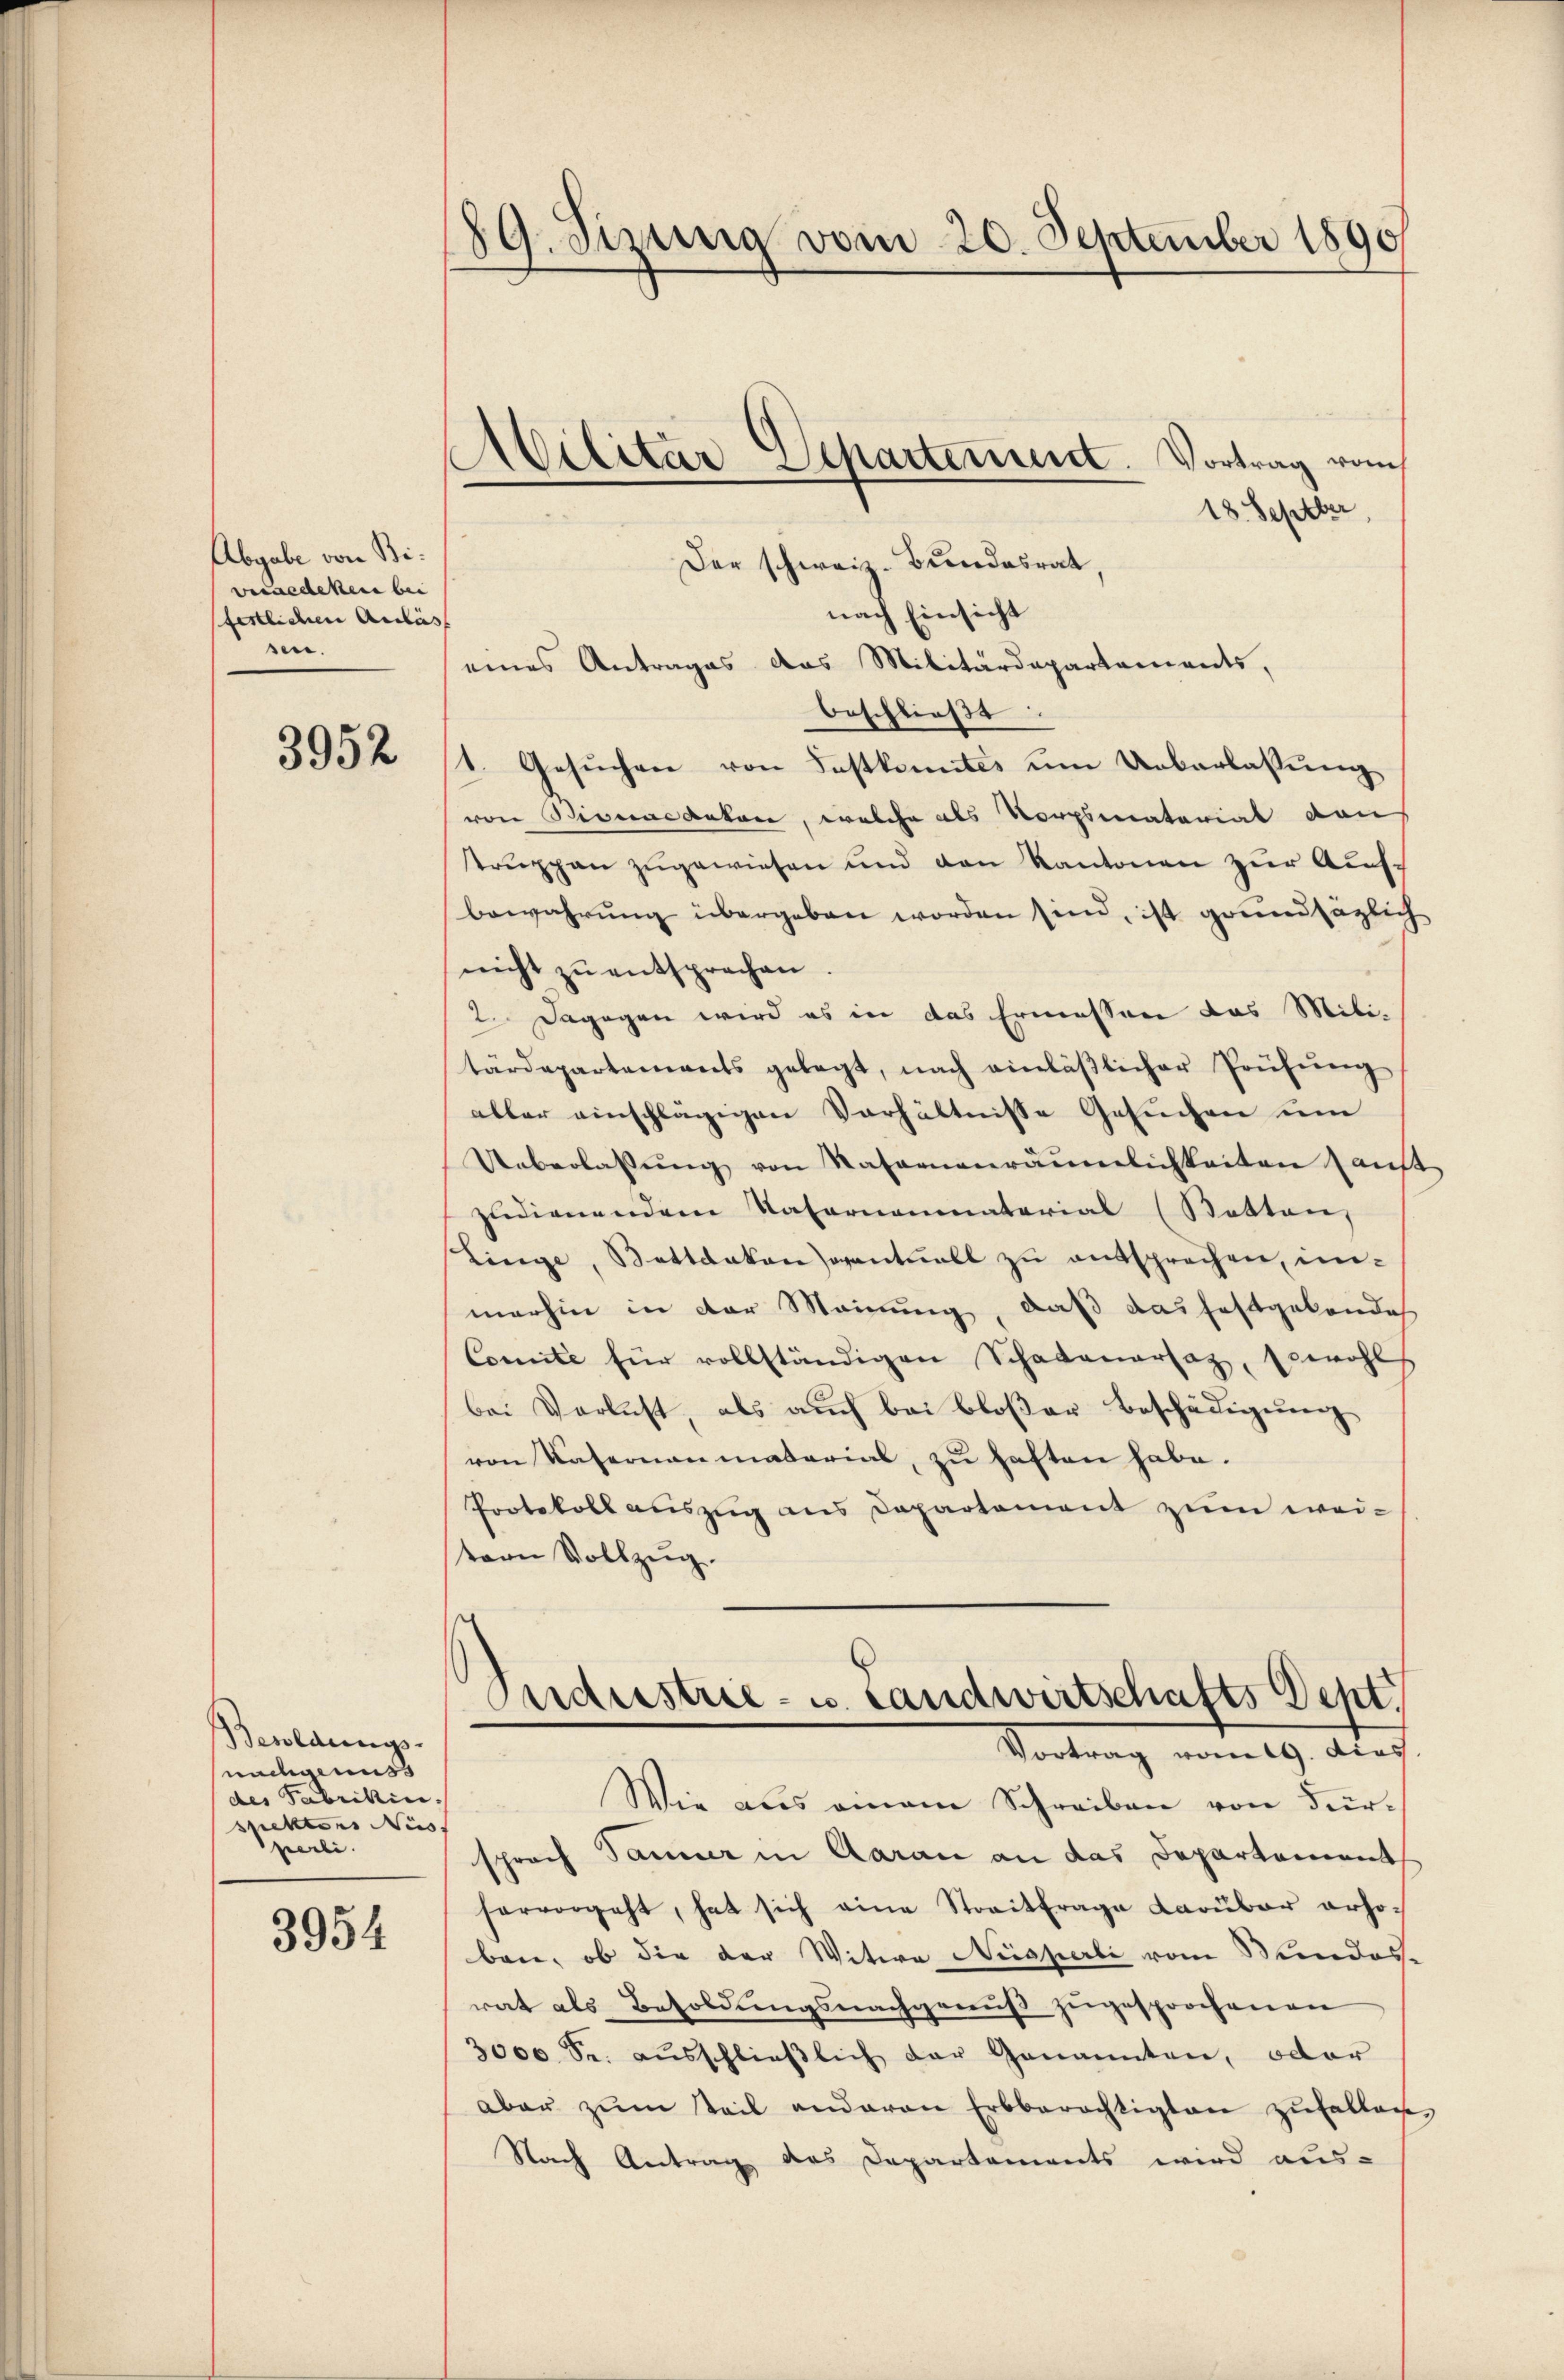
Abgabe von Biveraedeken bei
festlichen Andas
sn.

3952

Besoldungs-
nachgenuss
des Fabrikinspektors Nüss
perli.

3954

89. Sizung vom 20. September 1890

Militar Departement. Vortrag vom

18. Septber
Der schweiz. Bundesrat,
nach Einsicht
eines Antrages das Militärdepartements,
beschließe
1. Gesŭchen von Festkomités um Ueberlassung
von Bismandaten, welche als Vorpsenatariat dan
truppen zugewiesen und den Kantonen zur Aufbewahrung übergeben worden sind, ist grundsäglich
nicht zu entsprechen
2. Dagegen wird es in das Ermessen das Mili-
tärdepartements gelegt, nach einläβlicher Prüfŭng
aller einschlägigen Verhältnisse Gesuchen um
Ueberlassŭng von Kasernenräŭmlichkeiten anst
zudienendem Vaternanmaterial (Statten,
Linge, Bettdakonventuell zu entsprechen, inmerhin in der Meinung, daß das festgebendes
Comite für vollständigen Schadenersatz, sowohl
bei Verlust als auch bei bloßer Beschädigung
von Kasernaumaterial, zu haften habe.
Protokoll auszug aus Departement zum weitern Vollzug.

Wie aus einem Schreiben von Fürsprach Sammer in Aarau an das Departement
hervorgeht, hat sich eine Streitfrage Darüber erhoben, ob die der Witwe Nesperli vom Stundes-
rat als Besoldungsnachgenuß zugesprochenen
3000 Se. aŭsschlieβlich der Genannten, oder
aber zŭm steil anderen Erbberechtigten zufallen,
Nach Antrag des Departements wird aus-

Perdrestrie- u. Landwirtschafts Sept.
Vortrag vom 19. dies